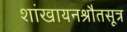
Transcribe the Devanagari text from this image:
शांखायनश्रौतसूत्र